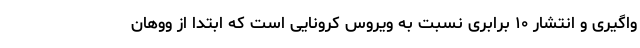
واگیری و انتشار ۱۰ برابری نسبت به ویروس کرونایی است که ابتدا از ووهان